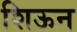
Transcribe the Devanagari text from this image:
शिऊन